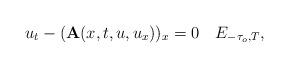
LaTeX: \begin{align*}u_t-(\mathbf A(x,t,u,u_x))_x=0\quad E_{-\tau_o,T},\end{align*}